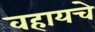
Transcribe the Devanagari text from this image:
वहायचे